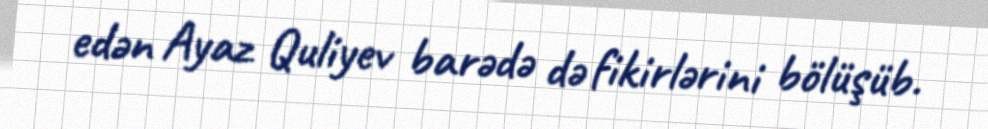
edən Ayaz Quliyev barədə də fikirlərini bölüşüb.